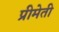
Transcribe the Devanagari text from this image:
प्रीमेती